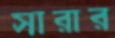
সারার